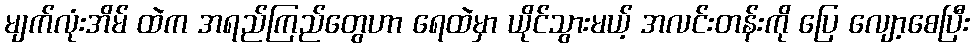
မျက်လုံးအိမ် ထဲက အရည်ကြည်တွေဟာ ရေထဲမှာ ယိုင်သွားမယ့် အလင်းတန်းကို ပြေ လျော့စေပြီး